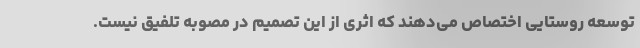
توسعه روستایی اختصاص می‌دهند که اثری از این تصمیم در مصوبه تلفیق نیست.